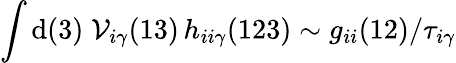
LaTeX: \int\mathrm{d}(3)\; \mathcal{V}_{i\gamma}(13)\, h_{ii\gamma}(123)\sim g_{ii}(12)/\tau_{i\gamma}